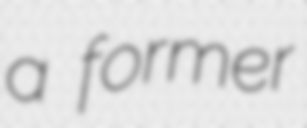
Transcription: a former